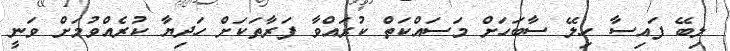
ލިބޭ ފައިސާ ހިލޭ ސާބަހަށް މަސައްކަތް ކުރައްވާ ފަރާތަކަށް ހަދިޔާ ކުރެއްވުމަށް ވަނީ